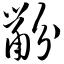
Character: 鼢